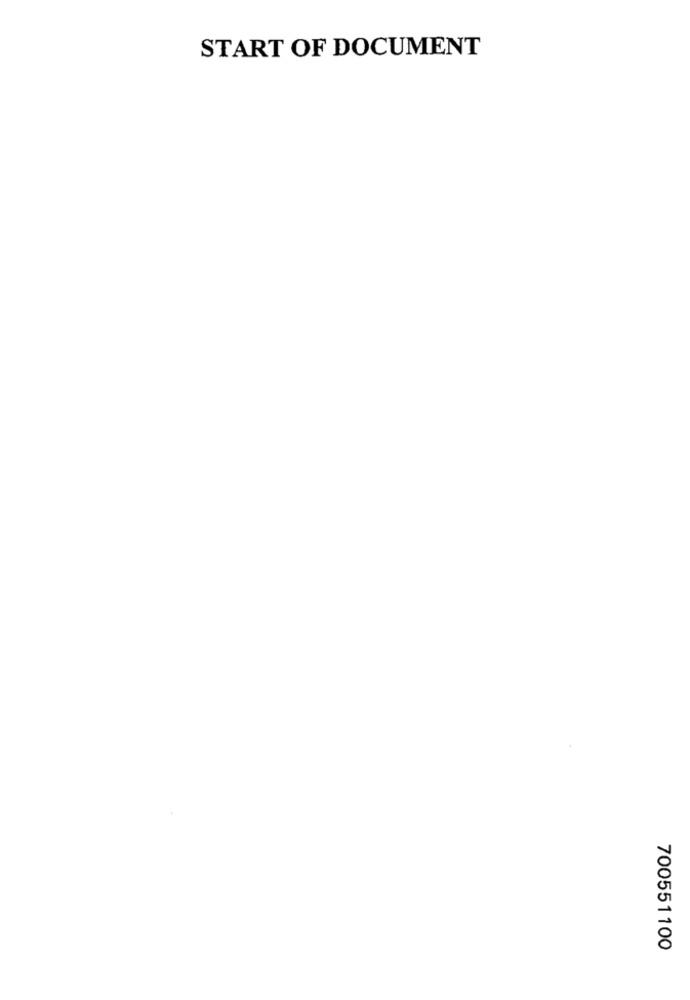
START OF DOCUMENT
700551100